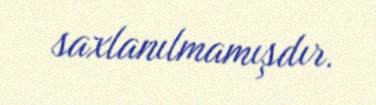
saxlanılmamışdır.